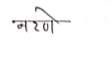
मजकूर: नरणे